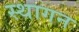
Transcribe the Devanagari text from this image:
स्थागन